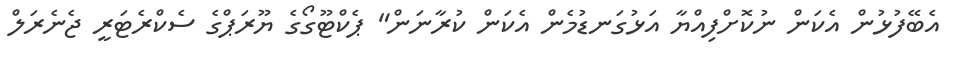
އެބޭފުޅުން އެކަން ނުކޮށްފިއްޔާ އަޅުގަނޑުމެން އެކަން ކުރާނަން" ޕެކްޓޫގޯގެ ޔޫރަޕްގެ ސެކްރެޓަރީ ޖެނެރަލް